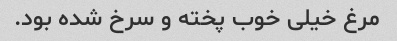
مرغ خیلی خوب پخته و سرخ شده بود.